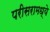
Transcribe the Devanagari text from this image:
परीसरामध्ये